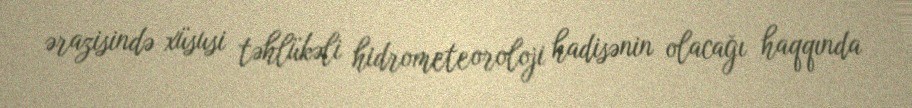
ərazisində xüsusi təhlükəli hidrometeoroloji hadisənin olacağı haqqında